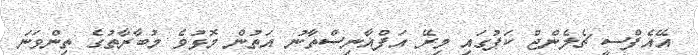
އޭއެފްސީ ޗެލެންޖް ކަޕުގައި މިރޭ އަފްޣާނިސްތާނު އަތުން މޮޅުވެ މުބާރާތުގެ ތިންވަނަ